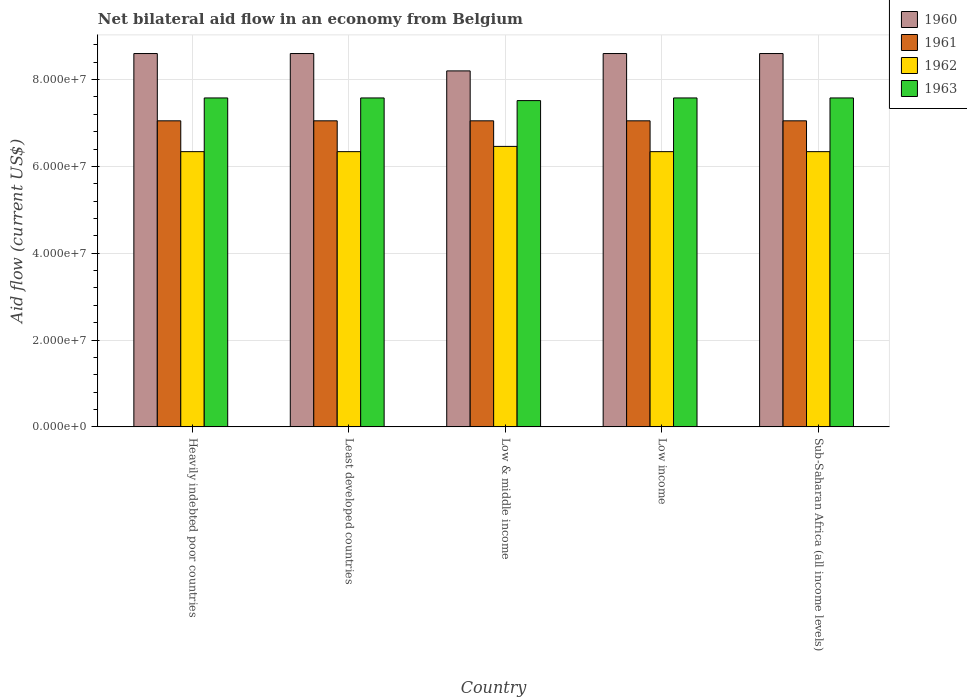
| Country | 1960 | 1961 | 1962 | 1963 |
 | --- | --- | --- | --- | --- |
 | Heavily indebted poor countries | 8.6e+07 | 7.05e+07 | 6.34e+07 | 7.58e+07 |
 | Least developed countries | 8.6e+07 | 7.05e+07 | 6.34e+07 | 7.58e+07 |
 | Low & middle income | 8.2e+07 | 7.05e+07 | 6.46e+07 | 7.52e+07 |
 | Low income | 8.6e+07 | 7.05e+07 | 6.34e+07 | 7.58e+07 |
 | Sub-Saharan Africa (all income levels) | 8.6e+07 | 7.05e+07 | 6.34e+07 | 7.58e+07 |